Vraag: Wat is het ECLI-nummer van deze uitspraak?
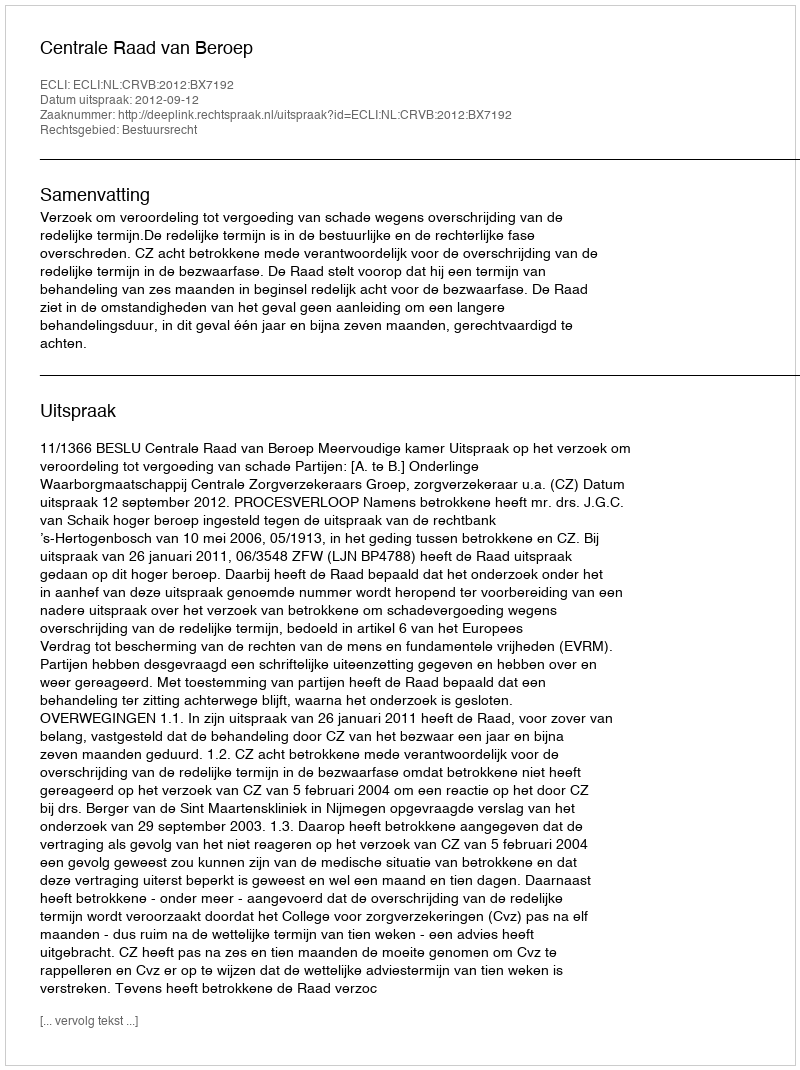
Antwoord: ECLI:NL:CRVB:2012:BX7192